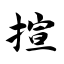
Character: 揎